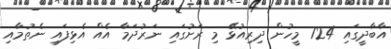
އާބާދީގައި 724 މީހުން ދިރިއުޅޭ މި ރަށުގައި ނަރުދަމާ އެއް އެޅިފައި ނެތުމާއި